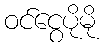
ဝင်ငွေပိုမို